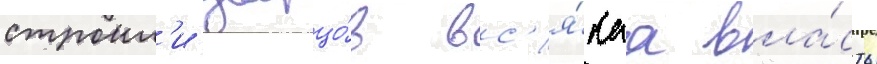
строил'и дворцо́в вс'я́каа вла́сть